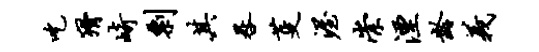
吃猾崎剽其晷芟渥崇湮龄义